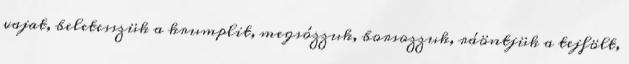
vajat, beletesszük a krumplit, megsózzuk, borsozzuk, ráöntjük a tejfölt,